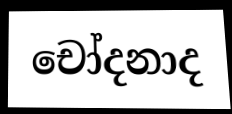
චෝදනාද